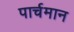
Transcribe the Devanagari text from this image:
पार्चमान